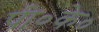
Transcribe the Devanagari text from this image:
पी०के०